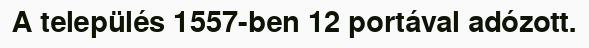
A település 1557-ben 12 portával adózott.